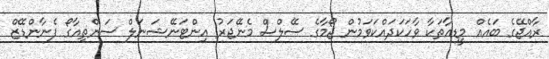
ރާއްޖޭގެ ބައެއް މީޑިއާތަކާ ވާހަކަދައްކަވަމުން ޖޯމާގެ ސޭލްސް މެނޭޖަރު އިންޓަނޭޝަނަލް ސަންތިއާގޯ ފެނާންޑޭޒް